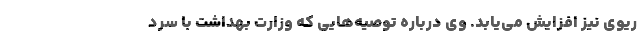
ریوی نیز افزایش می‌یابد. وی درباره توصیه‌هایی که وزارت بهداشت با سرد